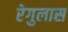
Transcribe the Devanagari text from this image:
रेगुलास